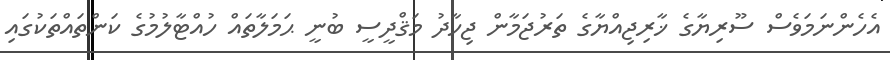
އެހެންނަމަވެސް ސޫރިޔާގެ ޚާރިޖިއްޔާގެ ތަރުޖަމާން ޖިހާދު މަޤްދީސީ ބުނީ ޙަމަލާތައް ހުއްޓާލުމުގެ ކަންތައްތަކުގައި